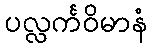
ပလ္လင်္ကဝိမာနံ